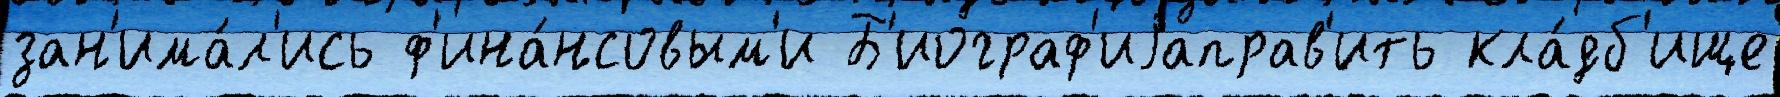
зан'има́л'ись ф'ина́нсовым'и Б'иограф'иjаправ'ить кла́дб'ище